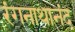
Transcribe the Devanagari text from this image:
रंगनाथानंद